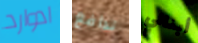
ادوارد تدافع أبنائي